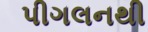
પીગલનથી